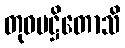
တုဝမဋ္ဌိတောသိ